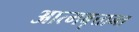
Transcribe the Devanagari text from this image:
आत्मबृत्तान्त